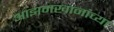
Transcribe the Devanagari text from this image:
आझमखानांच्या